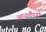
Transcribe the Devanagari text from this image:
आरलैण्डो